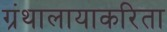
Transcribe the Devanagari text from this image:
ग्रंथालायाकरिता